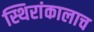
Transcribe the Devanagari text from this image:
स्थिरांकालाच